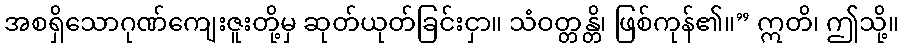
အစရှိသောဂုဏ်ကျေးဇူးတို့မှ ဆုတ်ယုတ်ခြင်းငှာ။ သံဝတ္တန္တိ၊ ဖြစ်ကုန်၏။” ဣတိ၊ ဤသို့။